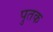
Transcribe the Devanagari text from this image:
पुतक